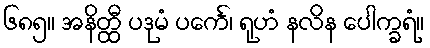
၆၈၅။ အနိတ္ထီ ပဒုမံ ပင်္ကေ၊ ရုဟံ နလိန ပေါက္ခရံ။